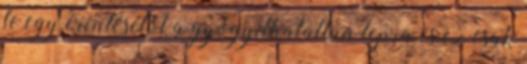
le egy érintésétől a gyógyíthatatlan lepra és ez csak